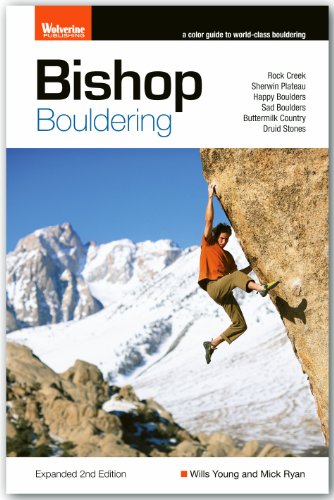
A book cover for Bishop Bouldering; Wills Young; Sports & Outdoors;